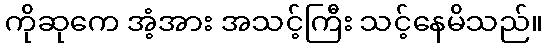
ကိုဆုကေ အံ့အား အသင့်ကြီး သင့်နေမိသည်။